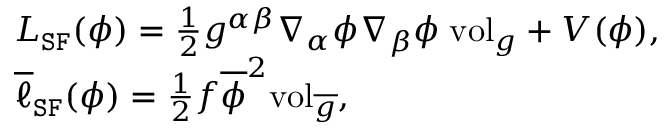
\begin{array} { r l } & { L _ { \mathtt { S F } } ( \phi ) = \frac { 1 } { 2 } g ^ { \alpha \beta } \nabla _ { \alpha } \phi \nabla _ { \beta } \phi \; \mathrm { v o l } _ { g } + V ( \phi ) , } \\ & { \overline { { \ell } } _ { \mathtt { S F } } ( \phi ) = \frac { 1 } { 2 } f \overline { { \phi } } ^ { 2 } \mathrm { v o l } _ { \overline { { g } } } , } \end{array}